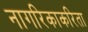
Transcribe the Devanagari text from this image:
नागरिकाकरिता